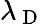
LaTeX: \lambda_{\mathrm{~D~}}